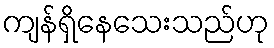
ကျန်ရှိနေသေးသည်ဟု